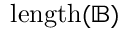
\mathrm { { l e n g t h } } ( { \mathbb { B } } )